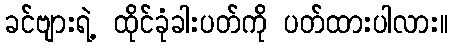
ခင်ဗျားရဲ့ ထိုင်ခုံခါးပတ်ကို ပတ်ထားပါလား။